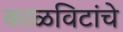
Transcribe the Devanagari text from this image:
काळविटांचे